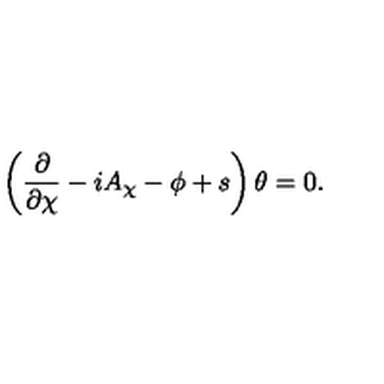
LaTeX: \left( \frac { \partial } { \partial \chi } - i A _ { \chi } - \phi + s \right) \theta = 0 .